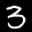
Label: 3